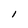
Character: I